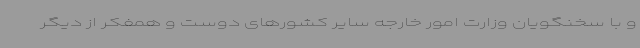
و با سخنگویان وزارت امور خارجه سایر کشورهای دوست و همفکر از دیگر